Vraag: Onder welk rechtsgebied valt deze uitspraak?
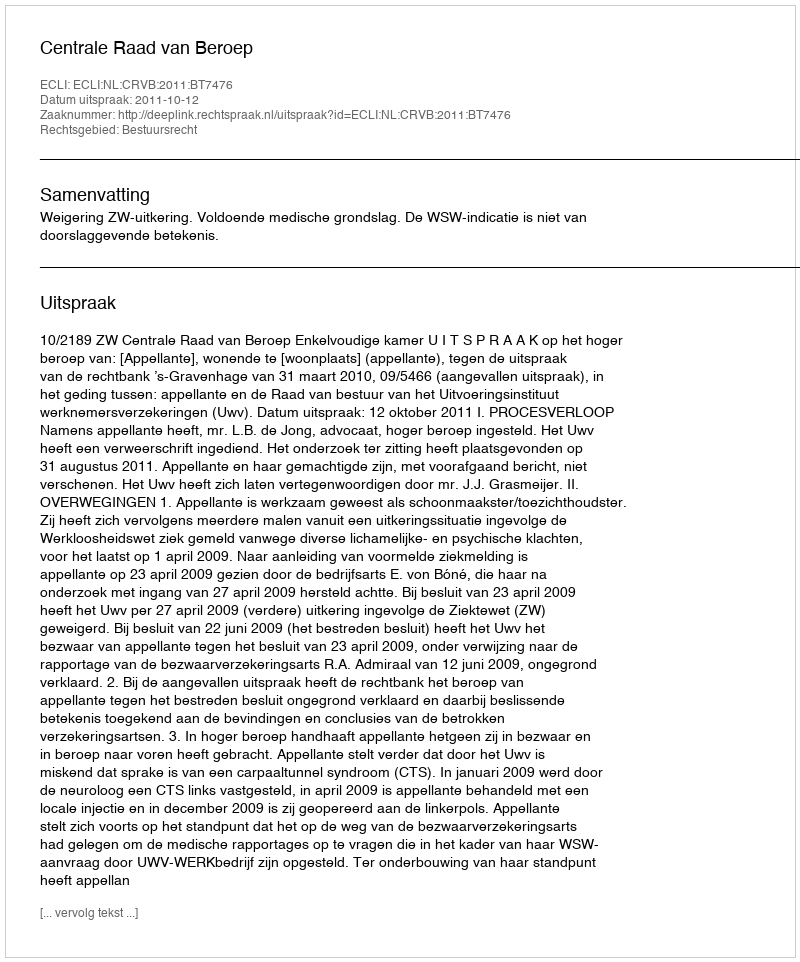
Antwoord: Bestuursrecht